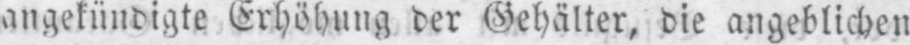
angekündigte Erhöhung der Gehälter, die angeblichen